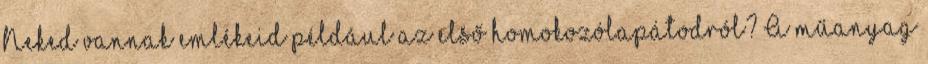
Neked vannak emlékeid például az első homokozólapátodról? A műanyag